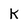
Character: K